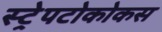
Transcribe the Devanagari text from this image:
स्ट्रेपटोकोकस